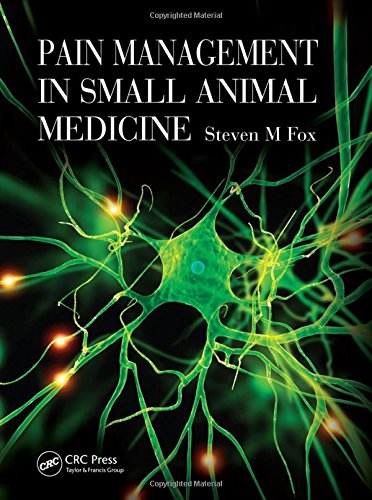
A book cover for Pain Management in Small Animal Medicine; Steven M Fox; Medical Books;